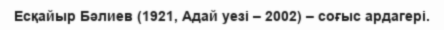
Есқайыр Бәлиев (1921, Адай уезі – 2002) – соғыс ардагері.